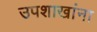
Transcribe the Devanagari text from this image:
उपशाखांना